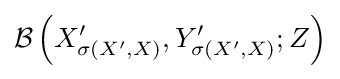
{\mathcal {B}}\left(X_{\sigma \left(X^{\prime },X\right)}^{\prime },Y_{\sigma \left(X^{\prime },X\right)}^{\prime };Z\right)